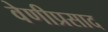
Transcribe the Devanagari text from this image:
वेणीप्रसाद